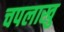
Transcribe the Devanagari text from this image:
चपलाखु